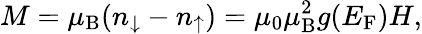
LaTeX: M=\mu_{\mathrm{B}}(n_{\downarrow}-n_{\uparrow})=\mu_{0}\mu_{\mathrm{B}}^{2}g(E_{\mathrm{F}})H,